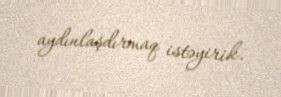
aydınlaşdırmaq istəyirik.